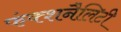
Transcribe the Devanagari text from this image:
फंक्शनैलिटी